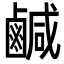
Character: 鹹